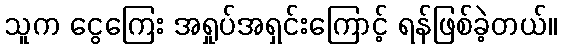
သူက ငွေကြေး အရှုပ်အရှင်းကြောင့် ရန်ဖြစ်ခဲ့တယ်။